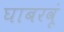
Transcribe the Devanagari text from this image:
घाबरवूं